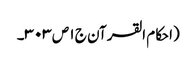
(احکام القرآن ج ١ ص ٣٠٣۔